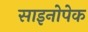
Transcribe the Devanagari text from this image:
साइनोपेक